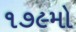
૧૭૯મો